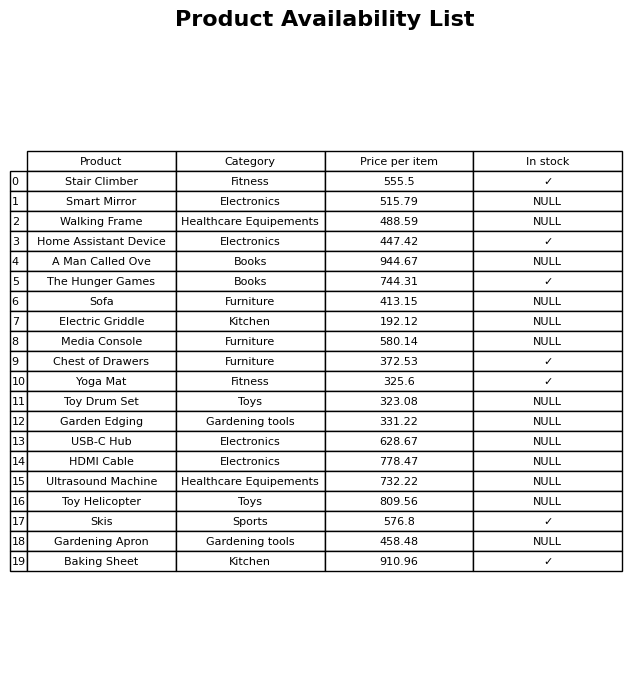
question: Is the Baking Sheet in stock?
answer: ✓